Insane asylums in Bengal annual reports 1876-1887 - 1876-1887
Year: 1876
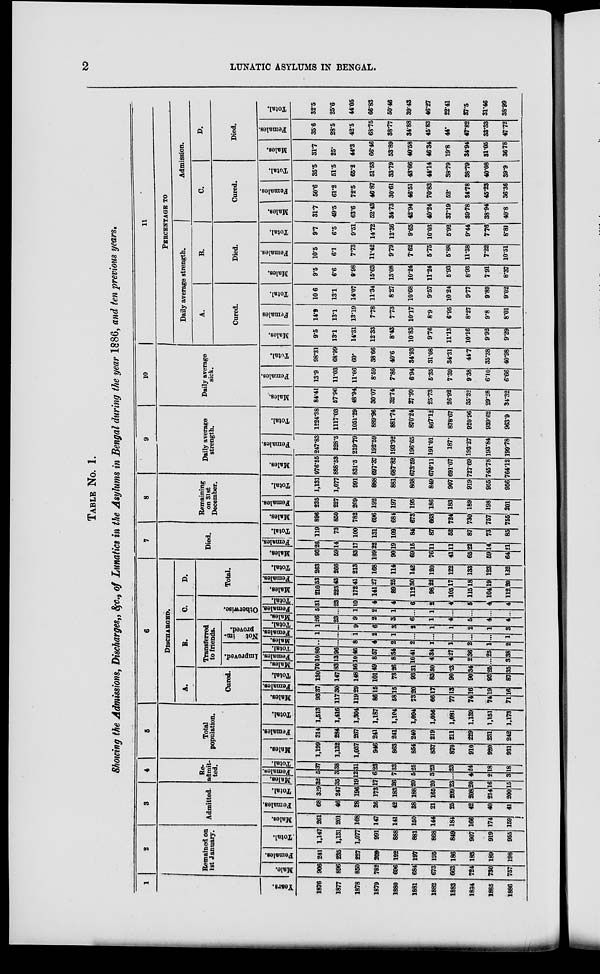
2
LUNATIC ASYLUMS IN BENGAL.
TABLE No. 1.
Showing the Admissions, Discharges, &c., of Lunatics in the Asylums in Bengal during the year 1886, and ten previous years.
1
Years.
1876
1877
1878
1879
1880
1881
1882
1883
1834
1885
1886
2
Remained on
1st January.
Male.
906
896
850
782
696
684
673
663
724
730
757
Females.
241
235
227
209
192
197
195
186
183
189
198
Total.
1,147
1,131
1,077
991
888
881
868
849
907
919
955
3
Admitted.
Males.
261
201
168
147
141
150
144
184
166
174
159
Females.
68
46
28
26
42
38
21
25
42
40
41
Total.
329
247
196
173
183
188
165
209
208
214
200
4
Re-
admit-
ted.
Males.
32
35
19
17
26
20
20
23
20
16
15
Females.
5
3
12
6
7
5
3
...
4
2
3
Total.
37
38
31
23
33
25
23
23
24
18
18
5
Total
population.
Males.
1,199
1,132
1,037
946
863
854
837
870
910
920
931
Females.
314
284
267
241
241
240
219
211
229
231
242
Total.
1,513
1,416
1,304
1,187
1,104
1,094
1,056
1,081
1,139
1,151
1,173
6
DISCHARGED.
A.
Cured.
Males.
93
117
119
86
58
73
66
77
74
74
71
Females.
37
30
29
15
1
20
17
13
16
19
16
Total.
130
147
148
101
73
93
83
90
90
93
87
B.
Transferred
to friends.
Improved.
Males.
70
83
36
49
26
31
30
23
34
25
35
Females.
10
13
10
8
8
10
4
4
2
...
3
Total.
80
96.
46
57
34
41
34
27
36
25
38
Not
im.
proved.
Males.
...
...
8
4
2
2..
1
1
2
1
1
Females.
1
...
1
2
1
...
...
...
...
...
3
Total.
1
...
9
6
3
3
1
1
2
1
4
c.
Otherwise.
Males.
26
23
9
2
3
6
1
4
5
4
4
Females.
5
...
1
2
1
...
1
...
...
...
...
Total.
31
23
10
4
4
6
2
4
5
4
4
D.
Total.
Males.
210
223
172
141
89
112
98
105
115
104
112
Females.
53
43
41
27
25
30
22
17
18
19
20
Total.
263
266
213
168
114
142
120
122
133
123
132
7
Died.
Males.
93
59
83
109
90
69
76
41
65
59
64
Females.
26
14
17
22
19
15
11
11
22
14
21
Total.
119
73
100
131
109
84
87
52
87
73
85
8
Remaining
on 31st
December.
Males.
896
850
782
696
684
673
663
724
730
757
755
Females.
235
227
209
192
197
195
186
183
189
198
201
Total.
1,131
1,077
991
888
881
868
849
907
919
955
956
9
Daily average
strength.
Males.
976.55
888.53
831.5
697.37
687.82
673.59
676.11
891.67
727.69
745.78
764.12
Females.
247.83
228.5
219*79
192.59
193.92
196.65
191.01
187.
198.27
193.84
199.78
Total.
1224.38
111703
1051.29
889.96
881.74
870.24
867.12
878.67
920.96
939.62
963.9
10
Daily average
sick.
Males.
84.41
57.96
48.94
30.07
32.74
27.99
25.73
26.92
35.32
29.28
34.32
Females.
13.9
11.03
11.06
8.59
7.86
6.94
5.35
7.39
9.38
6.10
6.66
Total.
98.31
68.99
60.
38.66
40.6
34.93
31.08
34.31
44.7
35.38
40.98
11
PERCENTAFE TO
Daily average strength.
A.
Cured.
Males.
9.5
13.1
14.31
12.33
8.43
10.83
9.76
11.13
10.16
9.92
9.29
Females
14.9
13.1
13.19
7.78
7.73
10.17
8.9
6.95
8.27
9.8
8.01
Total.
10.6
13.1
14.07
11.34
827
10.68
9.57
10.24
9.77
9.89
9.02
B.
Died.
Males.
9.5
6.6
9.98
15.63
1308
10.24
11.24
5.93
8.93
7.91
8.37
Females.
10.5
6.1
7.73
11.42
9.79
7.62
5.75
5.88
11.38
7.22
10.51
Total.
9.7
6.5
9.51
14.72
12.36
9.65
10.03
5.92
9.44
7.76
8.81
Admission.
C.
Cured.
Males.
31.7
49.5
63.6
52.43
34.73
42.94
40.24
37.19
3978
38.94
40.8
Females.
50.6
61.2
72.5
46 87
30.61
46.51
70.83
52.
34.78
45.23
36.36
Total.
35.5
51.5
65.2
51.53
33.79
43.66
44.14
38.79
38.79
40.08
39.9
D.
Died.
Males.
31.7
25.
44.3
66.46
53.89
40.58
46.34
19.8
34.94
31.05
3678
Females.
356
28.5
42.5
68.75
38.77
34.88
45.83
44.
47.82
33.33
47.72
Total.
32.5
25.6
44.05
66.83
50.46
39.43
46.27
22.41
37.5
31.46
38.99